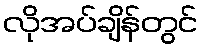
လိုအပ်ချိန်တွင်